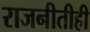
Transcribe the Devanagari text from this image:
राजनीतीही